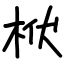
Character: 栿